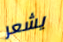
يشعر